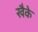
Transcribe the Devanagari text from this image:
खैके